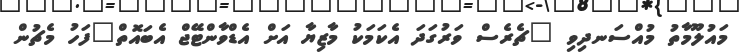
މައުލޫމާތު މުއްސަނދިވި "ޗެރެސް ވަރުގަދަ އެކަމަކު މާޒިޔާ އަށް އެޑްވާންޓޭޖް އެބައޮތް"ފަހު މެޗުން